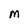
Character: M